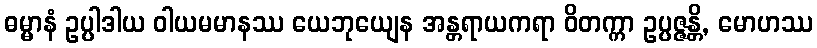
ဓမ္မာနံ ဥပ္ပါဒါယ ဝါယမမာနဿ ယေဘုယျေန အန္တရာယကရာ ဝိတက္ကာ ဥပ္ပဇ္ဇန္တိ, မောဟဿ